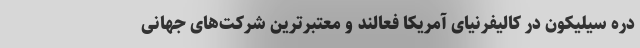
دره سیلیکون در کالیفرنیای آمریکا فعالند و معتبرترین شرکت‌های جهانی